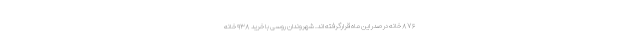
۸۷۶ خانه در صدر این ماه قرارگرفته اند. شهروندان روسی با خرید ۹۳۸ خانه